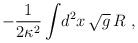
LaTeX: \begin{align*}-{1\over2\kappa^2}\int\!d^2x\,\sqrt g\,R \ ,\end{align*}